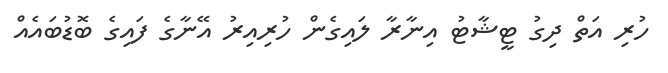
ހުރި އަތް ދިގު ޓީޝާޓު އިނާރާ ލައިގެން ހުރިއިރު އޭނާގެ ފައިގެ ބޮޑުބައެއް